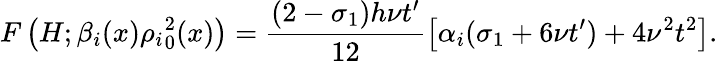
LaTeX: F\left(H;\beta_{i}(x){\rho_{i}}_{0}^{2}(x)\right)=\frac{(2-\sigma_{1})h\nu t^{\prime}}{12}\left[\alpha_{i}(\sigma_{1}+6\nu t^{\prime})+4\nu^{2}t^{2}\right].